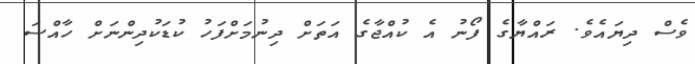
ވެސް ދިޔައެވެ. ރައްޔާގެ ފޯނު އެ ކުއްޖާގެ އަތަށް ދިނުމަށްފަހު ކުޑަކުދިންނަށް ހާއްސަ